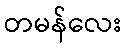
တမန်လေး